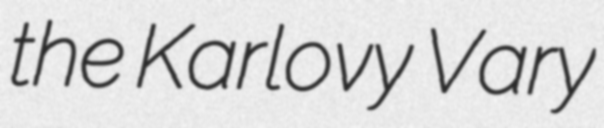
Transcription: the Karlovy Vary